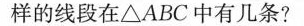
样的线段在△ABC中有几条?